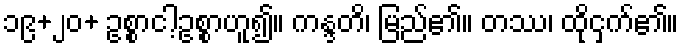
၁၉+၂၀+ ဥစ္စာငါ့ဥစ္စာဟူ၍။ ကန္ဒတိ၊ မြည်၏။ တဿ၊ ထိုငှက်၏။